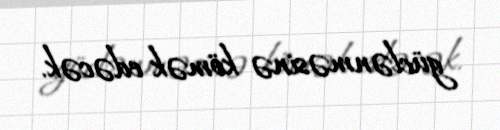
güclənməsinə kömək edəcək.